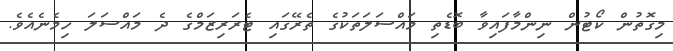
މިގޮތުން ކޯޓުން ނިންމާފައިވާ ބޮޑެތި މައްސަލަތަކުގެ ތެރޭގައި ޓެރަރިޒަމްގެ ދެ މައްސަލަ ހިމެނެއެވެ.